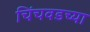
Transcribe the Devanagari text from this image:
चिंचवडच्या